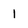
Character: 1